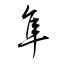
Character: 隼